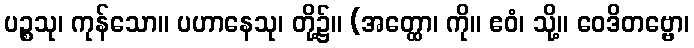
ပဉ္စသု၊ ကုန်သော။ ပဟာနေသု၊ တို့၌။ (အတ္ထော၊ ကို။ ဧဝံ၊ သို့။ ဝေဒိတဗ္ဗော၊